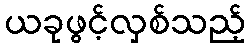
ယခုဖွင့်လှစ်သည့်